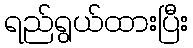
ရည်ရွယ်ထားပြီး